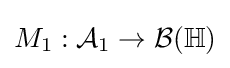
M_{1}:{\mathcal {A}}_{1}\to {\mathcal {B}}(\mathbb {H} )